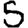
Digit: 5